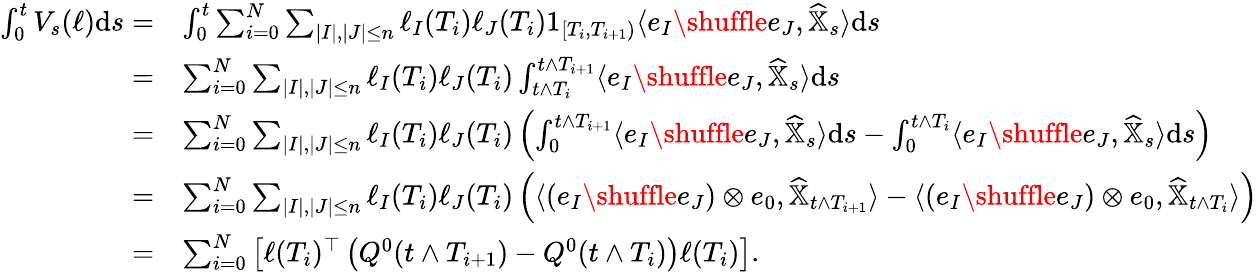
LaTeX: \begin{array}{rl}{\int_{0}^{t}V_{s}(\ell){\mathrm{d}}s=}&{\int_{0}^{t}\sum_{i=0}^{N}\sum_{|I|,|J|\leq n}\ell_{I}(T_{i})\ell_{J}(T_{i})1_{[T_{i},T_{i+1})}\langle e_{I}\shuffle e_{J},\widehat{\mathbb{X}}_{s}\rangle{\mathrm{d}}s}\\ {=}&{\sum_{i=0}^{N}\sum_{|I|,|J|\leq n}\ell_{I}(T_{i})\ell_{J}(T_{i})\int_{t\land T_{i}}^{t\land T_{i+1}}\langle e_{I}\shuffle e_{J},\widehat{\mathbb{X}}_{s}\rangle{\mathrm{d}}s}\\ {=}&{\sum_{i=0}^{N}\sum_{|I|,|J|\leq n}\ell_{I}(T_{i})\ell_{J}(T_{i})\left(\int_{0}^{t\land T_{i+1}}\langle e_{I}\shuffle e_{J},\widehat{\mathbb{X}}_{s}\rangle{\mathrm{d}}s-\int_{0}^{t\land T_{i}}\langle e_{I}\shuffle e_{J},\widehat{\mathbb{X}}_{s}\rangle{\mathrm{d}}s\right)}\\ {=}&{\sum_{i=0}^{N}\sum_{|I|,|J|\leq n}\ell_{I}(T_{i})\ell_{J}(T_{i})\left(\langle(e_{I}\shuffle e_{J})\otimes e_{0},\widehat{\mathbb{X}}_{t\land T_{i+1}}\rangle-\langle(e_{I}\shuffle e_{J})\otimes e_{0},\widehat{\mathbb{X}}_{t\land T_{i}}\rangle\right)}\\ {=}&{\sum_{i=0}^{N}\left[\ell(T_{i})^{\top}\left(Q^{0}(t\land T_{i+1})-Q^{0}(t\land T_{i})\right)\ell(T_{i})\right].}\end{array}